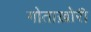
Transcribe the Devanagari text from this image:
गोताख़ोरी